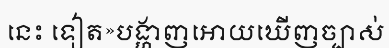
នេះ ទៀត»បង្ហាញអោយឃើញច្បាស់